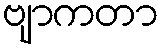
ဗျာကတာ